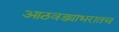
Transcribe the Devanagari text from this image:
आठवड्याभरातच